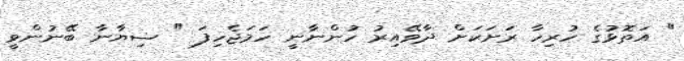
" އަތޮޅުގެ ހުރިހާ ރަށަކަށް ދާވޭއިރު ހުންނާނީ ހަމަޖެހިފަ " ޟިޔާނާ ބޭނުންވީ